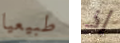
طبيعيا إذ